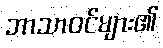
ဘာသာဝင်များ၏